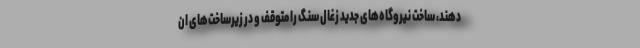
دهند، ساخت نیروگاه‌های جدید زغال سنگ را متوقف و در زیرساخت‌های ان